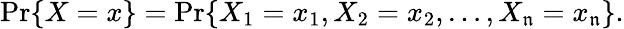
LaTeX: \operatorname*{Pr}\{ X=x\} =\operatorname*{Pr}\{ X_{1}=x_{1},X_{2}=x_{2},\ldots,X_{\mathfrak{n}}=x_{\mathfrak{n}}\} .